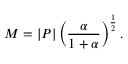
M = | P | \left( { \frac { \alpha } { 1 + \alpha } } \right) ^ { \frac { 1 } { 2 } } .